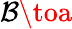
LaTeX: \mathcal{B}\toa